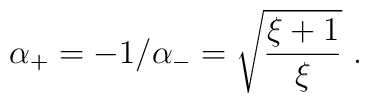
\alpha_+=-1/\alpha_-=\sqrt{\xi +1\over\xi}\ .